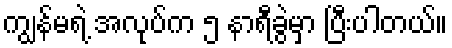
ကျွန်မရဲ့ အလုပ်က ၅ နာရီခွဲမှာ ပြီးပါတယ်။